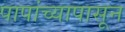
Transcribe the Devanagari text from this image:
पापांच्यापासून